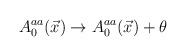
LaTeX: \begin{align*}A_0^{aa}(\vec x)\rightarrow A_0^{aa}(\vec x)+\theta\end{align*}